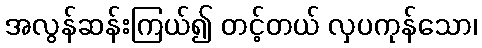
အလွန်ဆန်းကြယ်၍ တင့်တယ် လှပကုန်သော၊